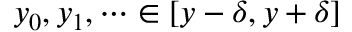
y _ { 0 } , y _ { 1 } , \dots \in [ y - \delta , y + \delta ]